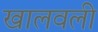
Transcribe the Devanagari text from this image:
खालवली